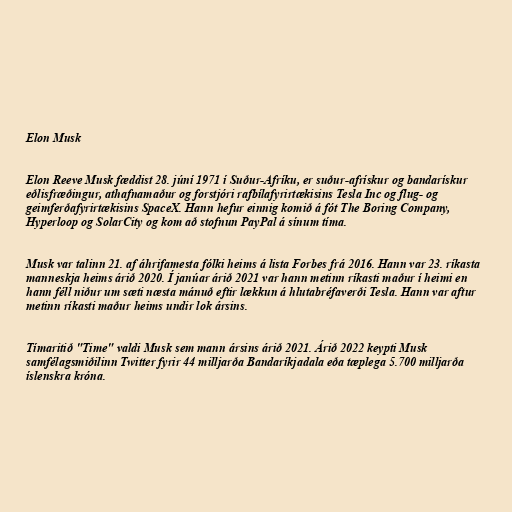
Elon Musk

Elon Reeve Musk fæddist 28. júní 1971 í Suður-Afríku, er suður-afrískur og bandarískur
eðlisfræðingur, athafnamaður og forstjóri rafbílafyrirtækisins Tesla Inc og flug- og
geimferðafyrirtækisins SpaceX. Hann hefur einnig komið á fót The Boring Company,
Hyperloop og SolarCity og kom að stofnun PayPal á sínum tíma.

Musk var talinn 21. af áhrifamesta fólki heims á lista Forbes frá 2016. Hann var 23. ríkasta
manneskja heims árið 2020. Í janúar árið 2021 var hann metinn ríkasti maður í heimi en
hann féll niður um sæti næsta mánuð eftir lækkun á hlutabréfaverði Tesla. Hann var aftur
metinn ríkasti maður heims undir lok ársins.

Tímaritið "Time" valdi Musk sem mann ársins árið 2021. Árið 2022 keypti Musk
samfélagsmiðilinn Twitter fyrir 44 milljarða Bandaríkjadala eða tæplega 5.700 milljarða
íslenskra króna.